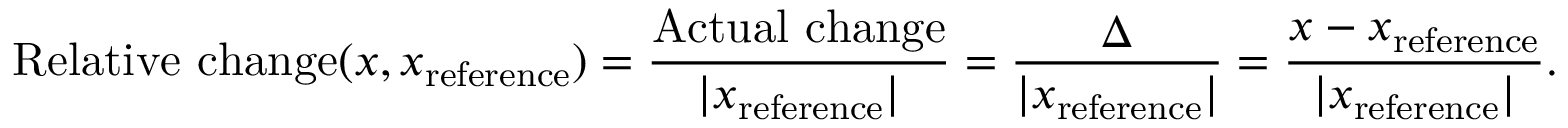
{ \mathrm { R e l a t i v e ~ c h a n g e } } ( x , x _ { \mathrm { r e f e r e n c e } } ) = { \frac { \mathrm { A c t u a l ~ c h a n g e } } { | x _ { \mathrm { r e f e r e n c e } } | } } = { \frac { \Delta } { | x _ { \mathrm { r e f e r e n c e } } | } } = { \frac { x - x _ { \mathrm { r e f e r e n c e } } } { | x _ { \mathrm { r e f e r e n c e } } | } } .